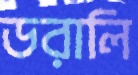
ডরালি